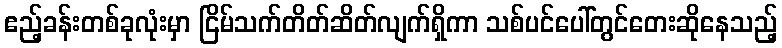
ဧည့်ခန်းတစ်ခုလုံးမှာ ငြိမ်သက်တိတ်ဆိတ်လျက်ရှိကာ သစ်ပင်ပေါ်တွင်တေးဆိုနေသည့်